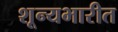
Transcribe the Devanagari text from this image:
शून्यभारीत